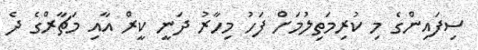
ސިފައިންގެ މި ކުރިމަތިލުމަށް ފަހު މިހާރު ދަނީ ކީރް އާއި މަޗާރްގެ ދެ